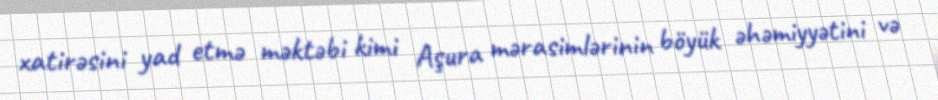
xatirəsini yad etmə məktəbi kimi Aşura mərasimlərinin böyük əhəmiyyətini və